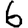
Digit: 6